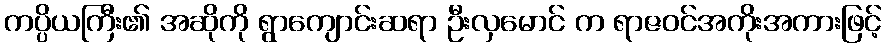
ကပ္ပိယကြီး၏ အဆိုကို ရွာကျောင်းဆရာ ဦးလှမောင် က ရာဇဝင်အကိုးအကားဖြင့်